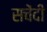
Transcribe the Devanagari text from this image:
सचेंदी